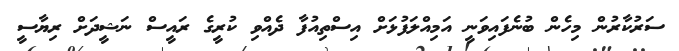
ސަރުކާރުން މިހެން ބުނެފައިވަނީ އަމިއްލަފުޅަށް އިސްތިއުފާ ދެއްވި ކުރީގެ ރައީސް ނަޝީދަށް ރިޔާސީ